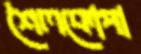
শৈলকোপা